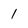
Character: l